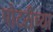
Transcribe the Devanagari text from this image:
पोटरीच्या